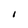
Character: 1